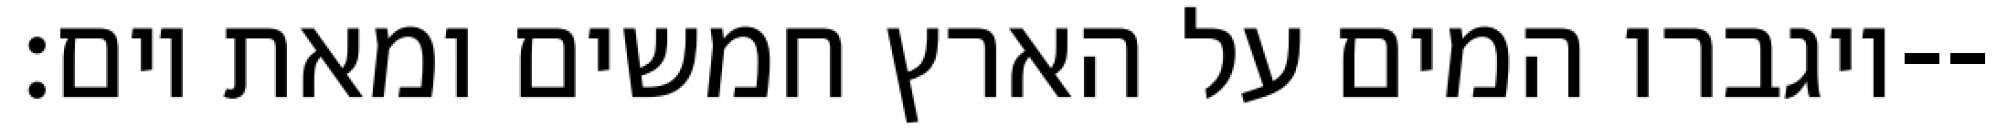
ויגברו המים על הארץ חמשים ומאת יום׃--